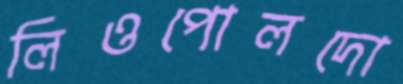
লিওপোলদো